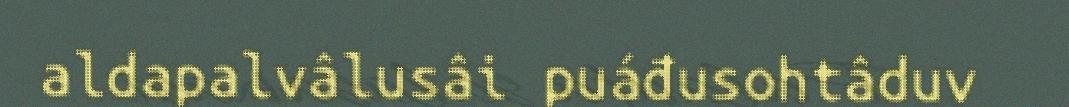
aldapalvâlusâi puáđusohtâduv